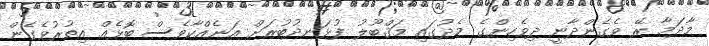
މާދަމާ ރޭ ވެގެންދާނީ ދިވެހިންގެ މެދުގައި މަޤްބޫލު ފުޅަނދުބުރަށް އަނެއްކާވެސް ބޮޅެއް އިތުރުވެގެން